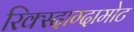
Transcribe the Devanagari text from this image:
रिक्स्दाग्दामोट